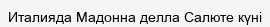
Италияда Мадонна делла Салюте күні